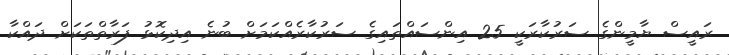
ރައީސް ޔާމީންގެ ސަރުކާރަކީ 25 އިންސައްތައިގެ ސަރުކާރެއްކަމަށް ބުނެ އިދިކޮޅު ފަރާތްތަކަށް ދައްކާ